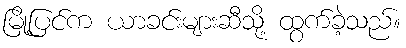
မြို့ပြင်က ယာခင်းများဆီသို့ ထွက်ခဲ့သည်။